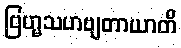
ဗြဟ္မသဟဗျတာယာတိ